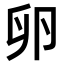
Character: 卵